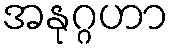
အနုဂ္ဂဟာ